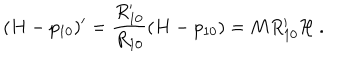
LaTeX: ( H - p _ { 1 0 } ) ^ { \prime } = \frac { R _ { 1 0 } ^ { \prime } } { R _ { 1 0 } } ( H - p _ { 1 0 } ) = M R _ { 1 0 } ^ { \prime } { \cal H } \ .